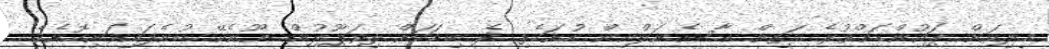
މިލިއަން ޕައުންޑަށްވުރެ މަތިން އާސެނަލްއިން ހުށަހެޅި ދެ ބިޑަކަށް ލިވަޕޫލުން ނޫނެކޭ ބުނެފައިވަނިކޮށެވެ.